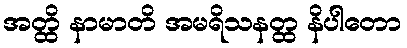
အတ္ထိ နာမာတိ အမရိသနတ္ထ နိပါတော